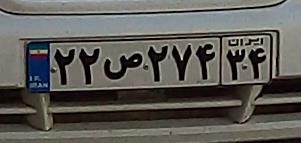
۲۲ص۲۷۴۳۴